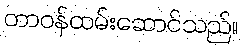
တာဝန်ထမ်းဆောင်သည်။